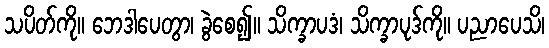
သပိတ်ကို။ ဘေဒါပေတွာ၊ ခွဲစေ၍။ သိက္ခာပဒံ၊ သိက္ခာပုဒ်ကို။ ပညာပေသိ၊